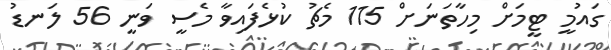
ގައުމީ ޓީމަށް މިހާތަނަށް 115 މެޗު ކުޅެފައިވާ މެސީ ވަނީ 56 ލަނޑު